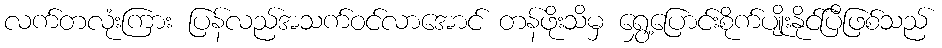
လက်တလုံးကြား ပြန်လည်အသက်ဝင်လာအောင် တန်ဖိုးသိမှ ရွှေ့ပြောင်းစိုက်ပျိုးနိုင်ပြီဖြစ်သည်